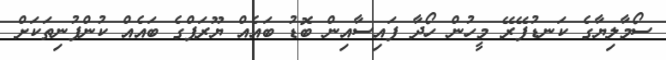
ސޯމާލިޔާގެ ކަނޑުފޭރޭ މީހުން ހޯދާ ފައިސާއިން ބޮޑު ބައެއް ޔޫރަޕްގެ ބައެއް ކުންފުނިތަކަށް